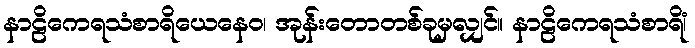
နာဠိကေရသံစာရိယေနေဝ၊ အုန်းတောတစ်ခုမှလျှင်။ နာဠိကေရသံစာရိံ၊